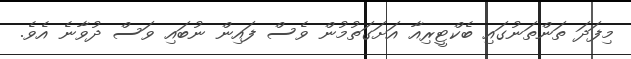
މިފަދަ ތަންތަނުގައި ބެކްޓީރިއާ އަށަގަތުމުން ވެސް ފައިން ނުބައި ވަސް ދުވާނެ އެވެ.